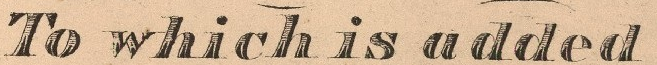
To which is added